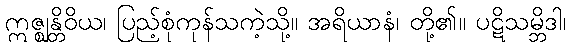
ဣဇ္ဈန္တိဝိယ၊ ပြည့်စုံကုန်သကဲ့သို့။ အရိယာနံ၊ တို့၏။ ပဋိသမ္ဘိဒါ၊